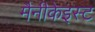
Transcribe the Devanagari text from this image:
मैनीकेइस्ट